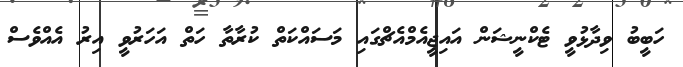
ހަބީބު ވިދާޅުވީ ޓެކްނީޝަން އައިޖީއެމްއެޗްގައި މަސައްކަތް ކުރާތާ ހަތް އަހަރުވީ އިރު އެއްވެސް